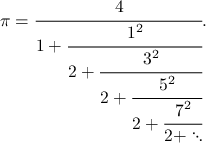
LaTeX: \pi = { \cfrac { 4 } { 1 + { \cfrac { 1 ^ { 2 } } { 2 + { \cfrac { 3 ^ { 2 } } { 2 + { \cfrac { 5 ^ { 2 } } { 2 + { \cfrac { 7 ^ { 2 } } { 2 + \ddots } } } } } } } } } } .